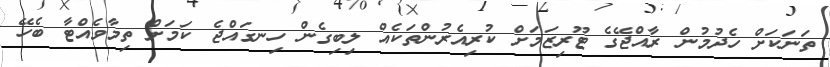
ތަނަކަށް ހެދުމުން ރާއްޖޭގެ ޓޫރިޒަމަށް ކުރިއެރުންތަކެއް ލިބިގެން ހިނގައްޖެ ކަމަށް ތިމާވެއްޓާ ބެހޭ